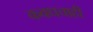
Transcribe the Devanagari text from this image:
कवधचाही